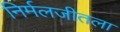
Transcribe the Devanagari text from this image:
निर्मलजीतला